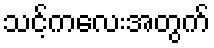
သင့်ကလေးအတွက်